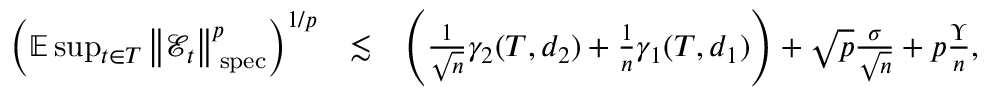
\begin{array} { r l r } { \left( \mathbb { E } \operatorname* { s u p } _ { t \in T } \left\Vert \mathcal { E } _ { t } \right\Vert _ { \mathrm { \tiny ~ s p e c } } ^ { p } \right) ^ { 1 / p } } & { \lesssim } & { \left( \frac { 1 } { \sqrt { n } } \gamma _ { 2 } ( T , d _ { 2 } ) + \frac { 1 } { n } \gamma _ { 1 } ( T , d _ { 1 } ) \right) + \sqrt { p } \frac { \sigma } { \sqrt { n } } + p \frac { \Upsilon } { n } , } \end{array}